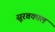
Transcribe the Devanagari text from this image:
सूरतकाल